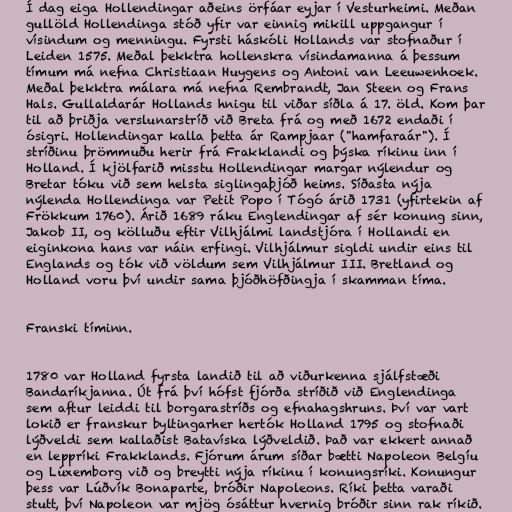
Í dag eiga Hollendingar aðeins örfáar eyjar í Vesturheimi. Meðan
gullöld Hollendinga stóð yfir var einnig mikill uppgangur í
vísindum og menningu. Fyrsti háskóli Hollands var stofnaður í
Leiden 1575. Meðal þekktra hollenskra vísindamanna á þessum
tímum má nefna Christiaan Huygens og Antoni van Leeuwenhoek.
Meðal þekktra málara má nefna Rembrandt, Jan Steen og Frans
Hals. Gullaldarár Hollands hnigu til viðar síðla á 17. öld. Kom þar
til að þriðja verslunarstríð við Breta frá og með 1672 endaði í
ósigri. Hollendingar kalla þetta ár Rampjaar ("hamfaraár"). Í
stríðinu þrömmuðu herir frá Frakklandi og þýska ríkinu inn í
Holland. Í kjölfarið misstu Hollendingar margar nýlendur og
Bretar tóku við sem helsta siglingaþjóð heims. Síðasta nýja
nýlenda Hollendinga var Petit Popo í Tógó árið 1731 (yfirtekin af
Frökkum 1760). Árið 1689 ráku Englendingar af sér konung sinn,
Jakob II, og kölluðu eftir Vilhjálmi landstjóra í Hollandi en
eiginkona hans var náin erfingi. Vilhjálmur sigldi undir eins til
Englands og tók við völdum sem Vilhjálmur III. Bretland og
Holland voru því undir sama þjóðhöfðingja í skamman tíma.

Franski tíminn.

1780 var Holland fyrsta landið til að viðurkenna sjálfstæði
Bandaríkjanna. Út frá því hófst fjórða stríðið við Englendinga
sem aftur leiddi til borgarastríðs og efnahagshruns. Því var vart
lokið er franskur byltingarher hertók Holland 1795 og stofnaði
lýðveldi sem kallaðist Batavíska lýðveldið. Það var ekkert annað
en leppríki Frakklands. Fjórum árum síðar bætti Napoleon Belgíu
og Lúxemborg við og breytti nýja ríkinu í konungsríki. Konungur
þess var Lúðvík Bonaparte, bróðir Napoleons. Ríki þetta varaði
stutt, því Napoleon var mjög ósáttur hvernig bróðir sinn rak ríkið.